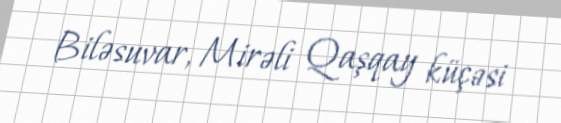
Biləsuvar, Mirəli Qaşqay küçəsi